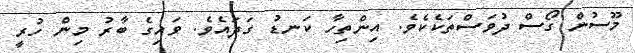
މޫސުން ގޯސް ދުވަސްތަކެކެވެ. އިންތިހާ ކަނޑު ގަދައެވެ. ވައިގެ ބާރު މިން ހުރީ